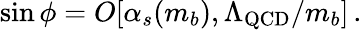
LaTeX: \sin\phi=O[\alpha_{s}(m_{b}),\Lambda_{\mathrm{QCD}}/m_{b}]\, .